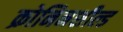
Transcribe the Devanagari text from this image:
क्रोनिनशील्ड